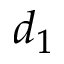
d _ { 1 }